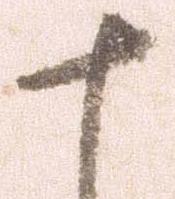
十